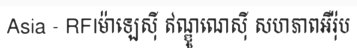
Asia - RFIម៉ាឡេស៊ី ឥណ្ឌូណេស៊ី សហភាពអឺរ៉ុប